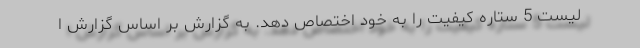
لیست 5 ستاره کیفیت را به خود اختصاص دهد. به گزارش بر اساس گزارش ا